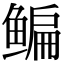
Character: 鳊